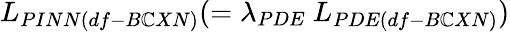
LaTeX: L_{PINN(df-B\mathbb{C}XN)}(=\lambda_{PDE}~L_{PDE(df-B\mathbb{C}XN)})